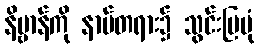
နိဗ္ဗာန်ကို နာမ်တရား၌ သွင်းပြပုံ